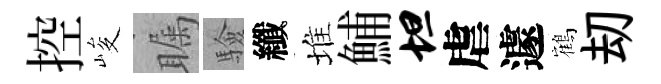
控峻瞩驗纖堆鯆坦虐遽鶴刧